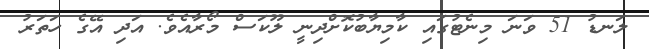
ލަނޑު 51 ވަނަ މިނެޓުގައި ކާމިޔާބުކޮށްދިނީ ލޫކަސް މޯރާއެވެ. އަދި އޭގެ ހަތަރު